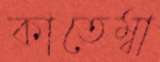
কাতেম্বা